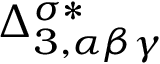
\Delta _ { 3 , \alpha \beta \gamma } ^ { \sigma * }